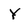
Character: Y